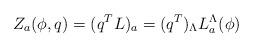
LaTeX: \begin{align*}Z_a(\phi,q)= (q^TL)_a=(q^T)_\Lambda L_a^\Lambda(\phi) \end{align*}